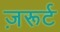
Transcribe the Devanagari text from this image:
ज़रूर्ट